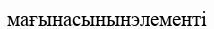
мағынасынынэлементі